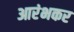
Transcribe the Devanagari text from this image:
आरंभकर